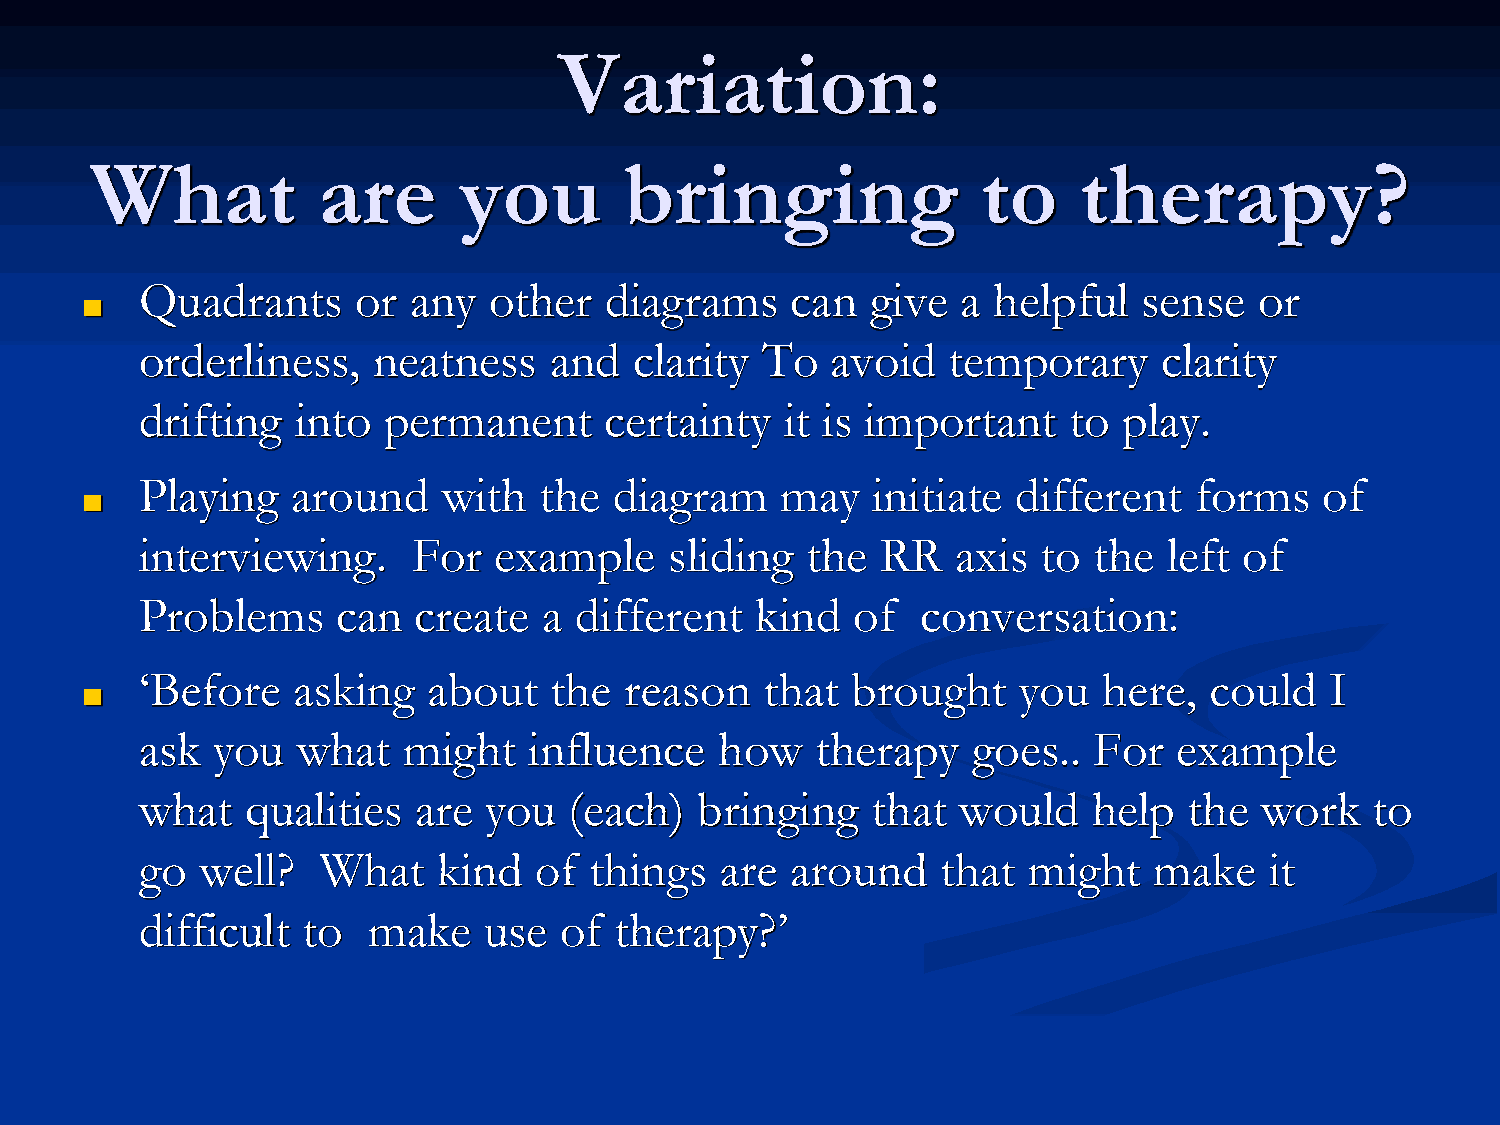
Variation:
 What           are      you        bringing                to    therapy?
 Quadrants      or any  other   diagrams    can   give  a helpful   sense  or
 ■
 orderliness,    neatness   and   clarity To   avoid   temporary     clarity
 drifting   into permanent      certainty   it is important    to play.
 Playing   around    with   the  diagram    may   initiate different   forms    of
 ■
 interviewing.     For   example    sliding  the  RR   axis  to the  left of
 Problems     can   create  a different   kind  of   conversation:
 ‘Before   asking   about   the  reason    that brought    you   here,  could   I
 ■
 ask  you   what   might   influence    how   therapy   goes..  For   example
 what   qualities  are  you   (each)  bringing    that  would   help   the  work   to
 go  well?   What    kind  of  things   are around    that  might   make    it
 difficult  to  make    use  of  therapy?’